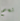
نعم